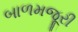
બાળમજૂરી